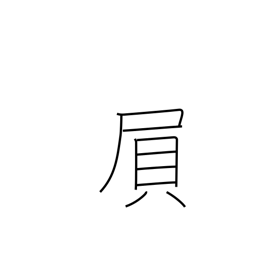
Meaning: exerting strength